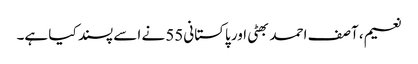
نعیم، آصف احمد بھٹی اور پاکستانی55 نے اسے پسند کیا ہے۔